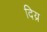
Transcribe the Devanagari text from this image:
दिय्र